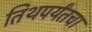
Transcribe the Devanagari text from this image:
तिथपर्यंतचा